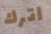
اترك